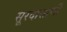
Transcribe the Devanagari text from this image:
सूरदासाणी